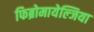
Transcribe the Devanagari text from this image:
फिब्रोमायेल्जिया